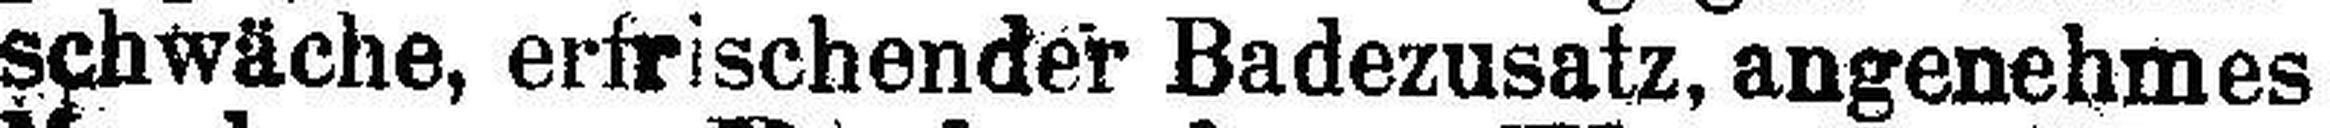
schwäche, erfrischender Badezusatz, angenehmes